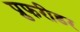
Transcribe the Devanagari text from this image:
प्रुफरीडर